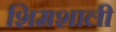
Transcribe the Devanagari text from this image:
शिमशाली